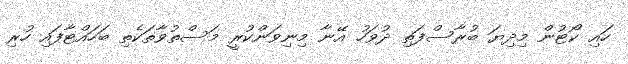
ހައި ކޯޓުން މިދިޔަ ބުރާސްފަތި ދުވަހު އޭނާ މިނިވަންކުރީ މަސްތުވާތަކެތި ބަހައްޓާފައި ހުރި